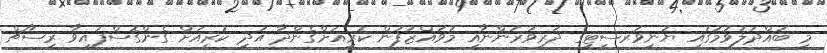
މި ބައްދަލުވުމުގައި ޔުނިވަރސިޓީގެ ދަރިވަރުންނާއި މުވައްޒަފުން ކުރިއަށްގެންދާ އަދި ކުރިއަށް ގެންގޮސްފައިވާ ރިސާޗް